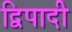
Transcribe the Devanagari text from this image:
द्विपादी